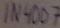
Text: 1N4007